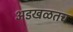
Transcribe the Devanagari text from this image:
अडखळतच